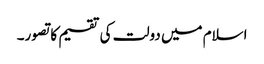
اسلام میں دولت کی تقسیم کا تصور۔